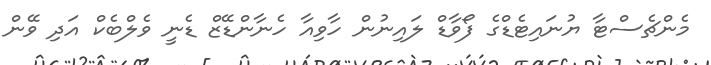
މެންޗެސްޓާ ޔުނައިޓެޑްގެ ފޯވާޑް ލައިނުން ހާވިއާ ހެނާންޑޭޒް ޑެނީ ވެލްބެކް އަދި ވޭން